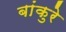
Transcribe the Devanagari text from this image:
बांकुरे